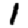
Digit: 1